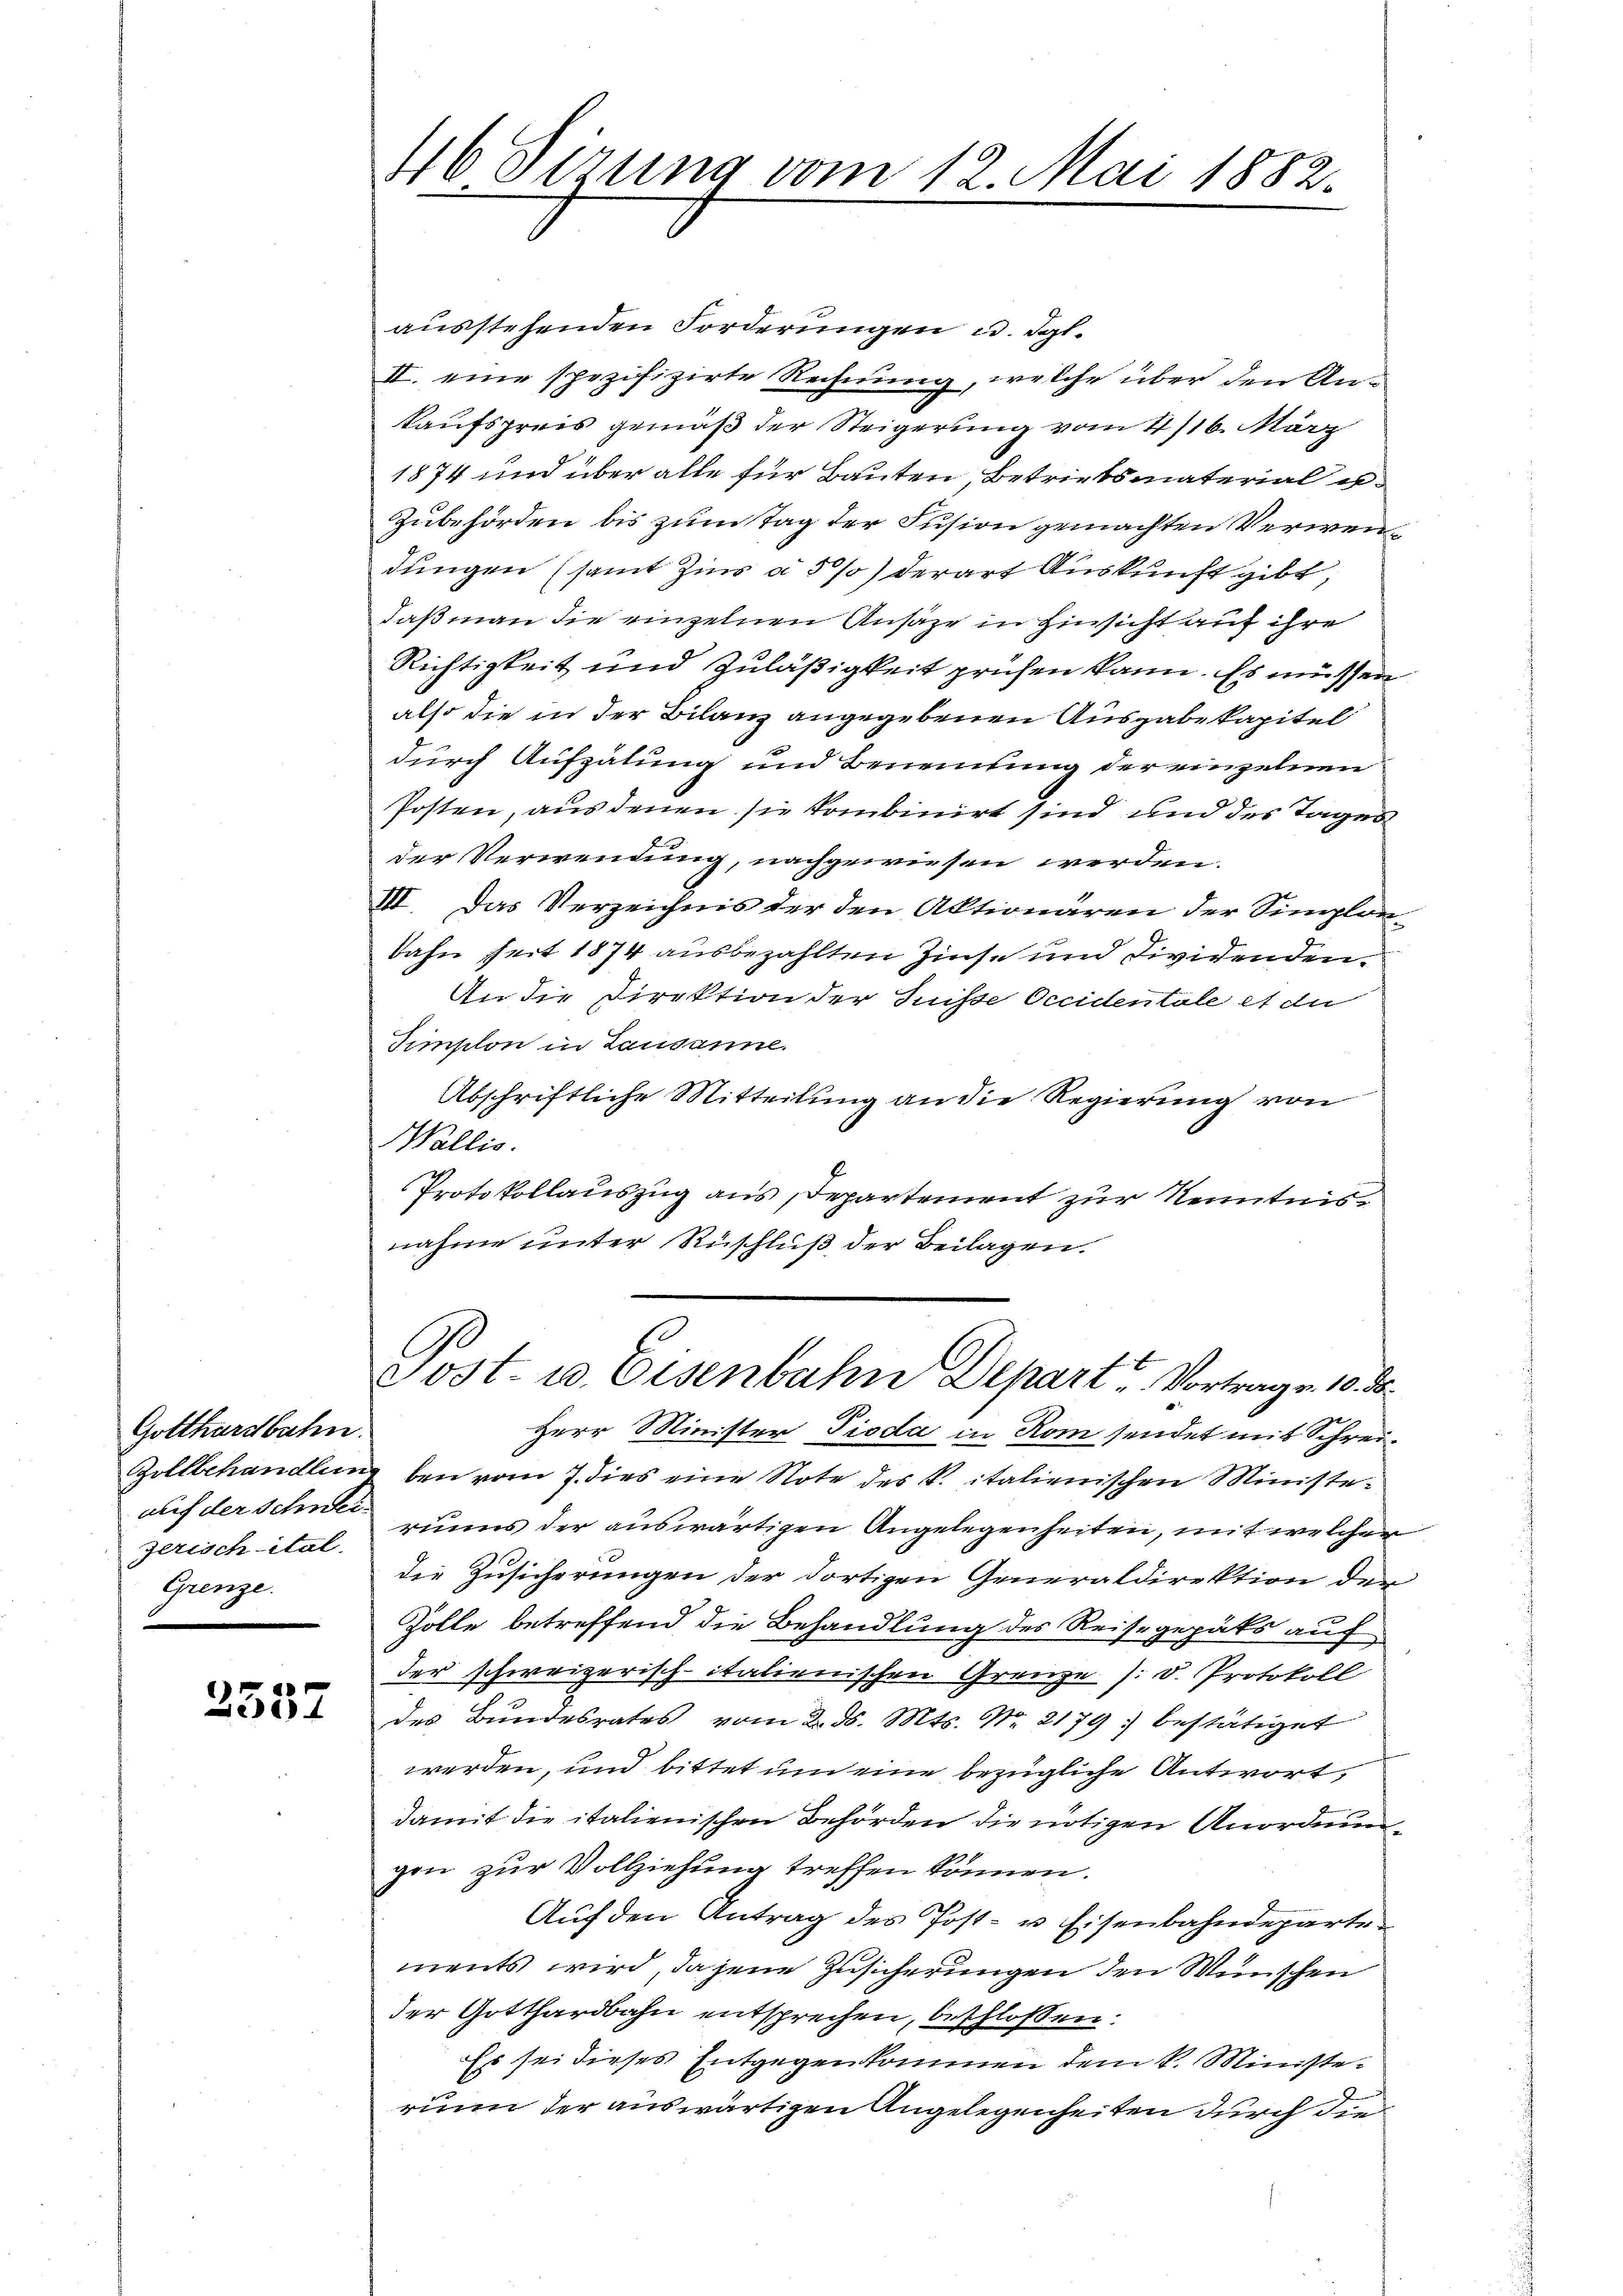
Gotthardbahn.
Jerisch ital
Grenze.

2557

ausstehenden Forderungen u. dgl.
II. eine spezifizirte Rechnung, welche über den Ankaufspreis gemäß der Steigerung vom 4/16. März
1874 und über alle für Bauten, Betriebsmaterial u¬
Zubehörden bis zum Tag der Fusion gemachten Verwendungen (samt Zins à 5% derart Auskunft gibt,
daß man die einzelnen Ansage in Hinsicht auf ihre
Richtigkeit und Zuläßigkeit prüfen kann. Es müssen
also die in der Bilanz angegebenen Ausgabe kapitel
durch Aufzähung und Beneitung der einzelnen
Posten, aus denen sie kombinirt sind und des Tages
der Verwendung, nachgewiesen werden.
III. Das Verzeichnis der den Aktionären der Simplon-
bahn seit 1874 ausbezahlten Zinse und Dividenden.
An die Direktion der Suisse Occidentale et die
Simplon in Lausanne.
Abschriftliche Mitteilung an die Regierung von
Wallis.
Protokollauszug aus Departement zur Kenntnisnahme unter Ruschluß der Beilagen.

46 derung vom 12. Mai 1882.

Post. 10. Eisenbahn Depart Vortrage 10. d.

Herr Minister Pioda in Rom sendet mit Schrei¬
Zollbehandlung bei vom 7. dies eine Note des K. italienischen Ministeauf der schwerinns der auswärtigen Angelegenheiten, mit welchen
die Zusicherungen der dortigen Generaldirektion der
Zolle betreffend die Behandlung des Reisegepäts auf
der schweizerisch-italienischen Grenze /: d. Protokoll
des Bundesrates vom 2. d. Mts. Nr. 2179) bestätiget
werden, und bittet um eine bezügliche Antwort,
damit die italienischen Behörden die nötigen Anordnungen zur Vollziehung treffen können.
Auf den Antrag des Post- u. Eisenbahndeparte
ments wird, da jene Zusicherungen den Wünschen
der Gotthardbahn entsprechen, beschlossen:
Es sei dieses Entgegenkommen dem k. Ministerunn der auswärtigen Angelegenheiten durch die